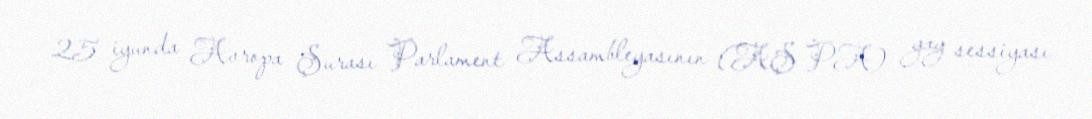
25 iyunda Avropa Şurası Parlament Assambleyasının (AŞ PA) yay sessiyası